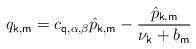
LaTeX: \begin{align*}q_{\mathsf{k},\mathsf{m}}=c_{\mathsf{q,}\alpha ,\beta }\hat{p}_{\mathsf{k,m}}-\frac{\hat{p}_{\mathsf{k,m}}}{\nu _{\mathsf{k}}+b_{\mathsf{m}}}\end{align*}